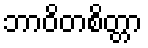
ဘာဝိတစိတ္တာ